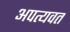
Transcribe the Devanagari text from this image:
अपत्यवत